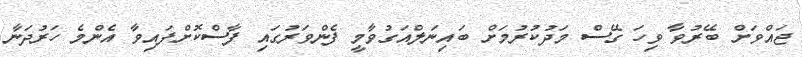
ޖައްވަށް ބޭރުވާ ވިހަ ގޭސް މަދުކުރުމަށް ބައިނަލްއަގުވާމީ ފެންވަރުގައި ފާސްކޮށްފައިވާ އެންމެ ހަރުދަނާ